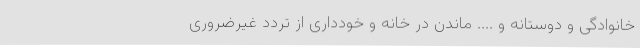
خانوادگی و دوستانه و .... ماندن در خانه و خودداری از تردد غیرضروری